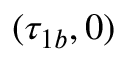
( \tau _ { 1 b } , 0 )